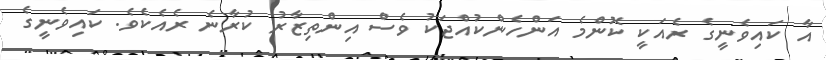
އާ ކައިވެނީގެ ރެއަކީ ކޮންމެ އަންހެންކުއްޖަކު ވެސް އިންތިޒާރު ކުރާނެ ރެއެކެވެ. ކައިވެނީގެ